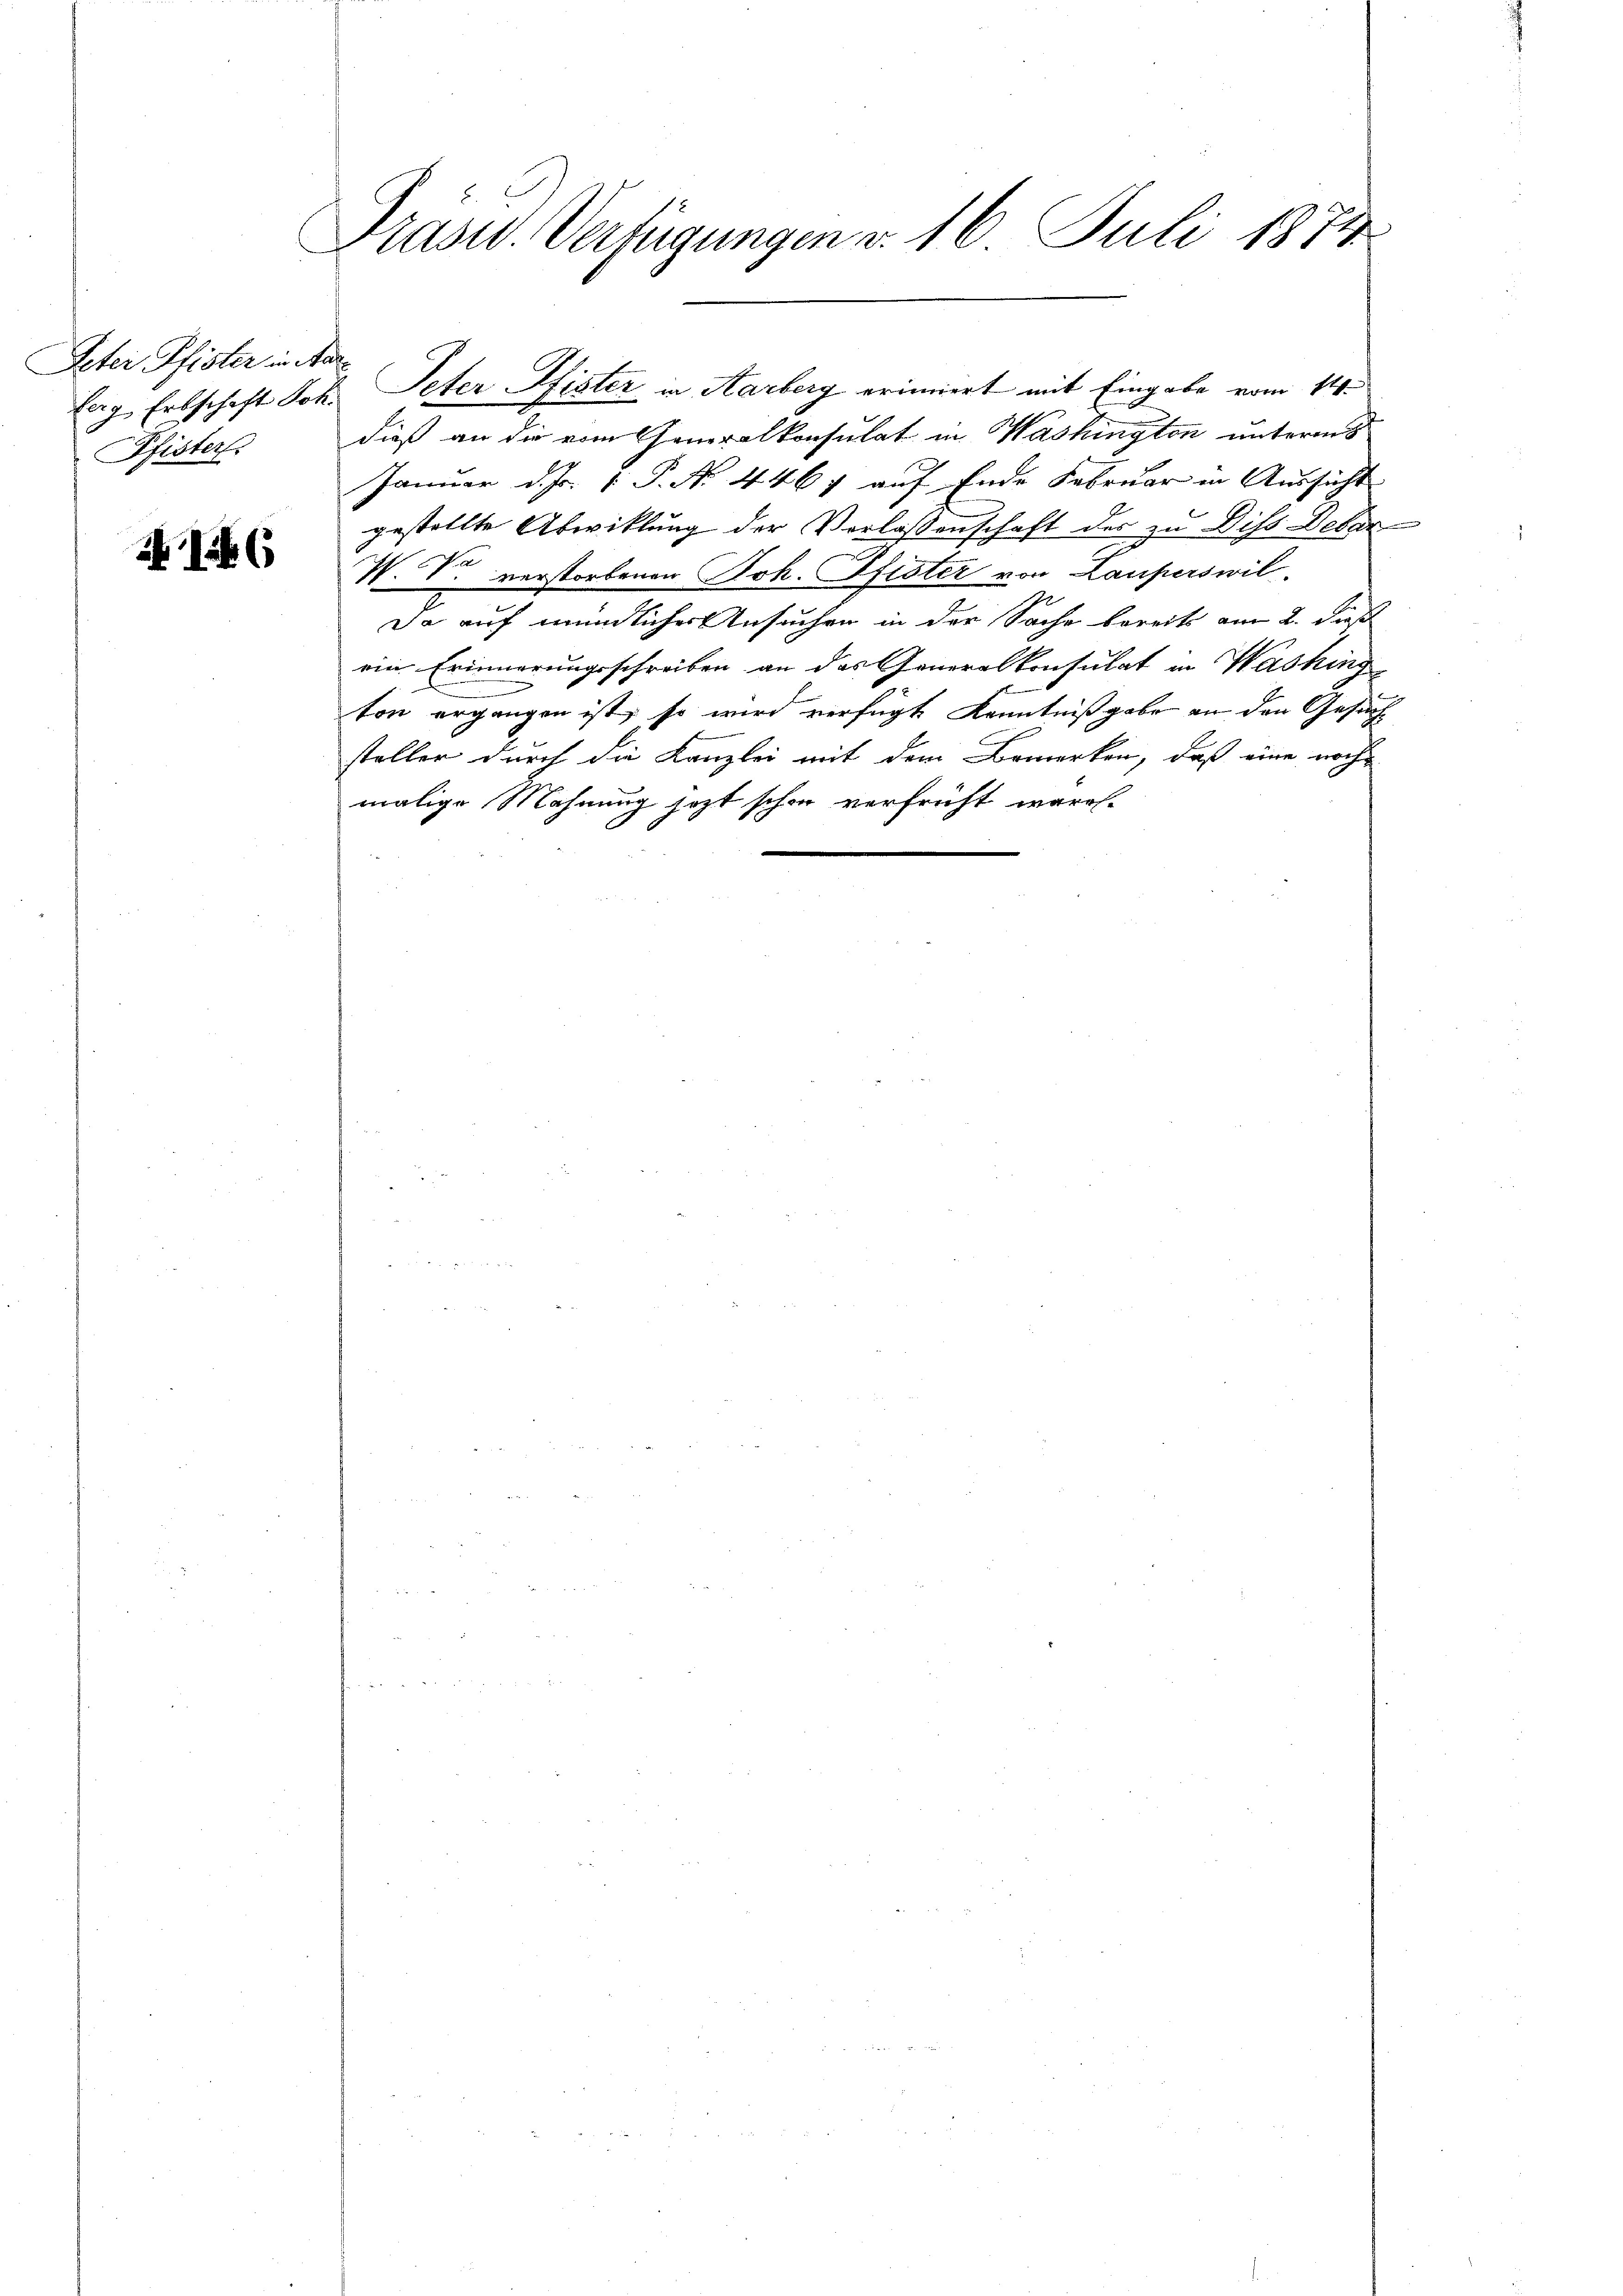
Peter Pfister in das
Pfister.

2 (

Präsid. Verfügungen v. 16. Juli 1874

lag. Erbschaft Joh. Peter Pfister in Aarberg erinnert mit Eingabe vom 14.
dieß an die vom Generalkonsulat in Washington unterm
Januar d. Js. 1 P. Nr. 4467 auf Ende Februar in Aussicht
gestellte Abwicklung der Vorlassenschaft der zu Difs Debar
W. V. verstorbenen Joh. Pfister von Lauperswil
Da auf mündlicher Ansuchen in der Sache bereits am 2. dieß
ein Erinnerungsschreiben an das Generalkonsulat in Washing
ton ergangen ist, so wird verfügt Kenntnißgabe an den Gesuch
steller durch die Kanzlei mit dem Bemerken, daß eine woche
malige Mahnung jezt schon verfrüht waren.